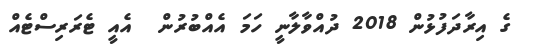
ގެ އިރާދަފުޅުން 2018 ދުއްވާލާނީ ހަމަ އެއްބުރުން  އެއީ ޓެރަރިސްޓެއް